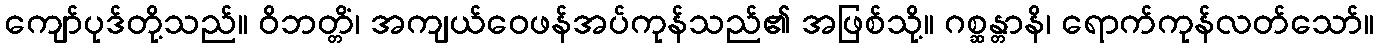
ကျော်ပုဒ်တို့သည်။ ဝိဘတ္တိံ၊ အကျယ်ဝေဖန်အပ်ကုန်သည်၏ အဖြစ်သို့။ ဂစ္ဆန္တာနိ၊ ရောက်ကုန်လတ်သော်။